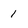
Character: 1